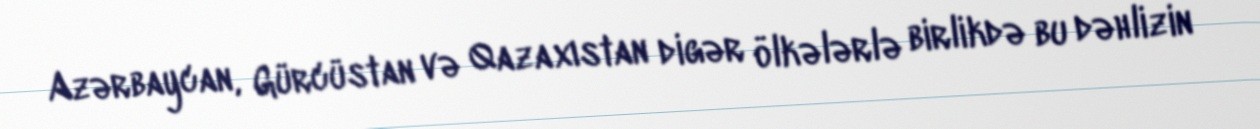
Azərbaycan, Gürcüstan və Qazaxıstan digər ölkələrlə birlikdə bu dəhlizin